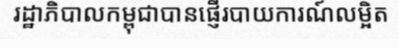
រដ្ឋាភិបាលកម្ពុជាបានផ្ញើរបាយការណ៍លម្អិត